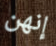
إنهن